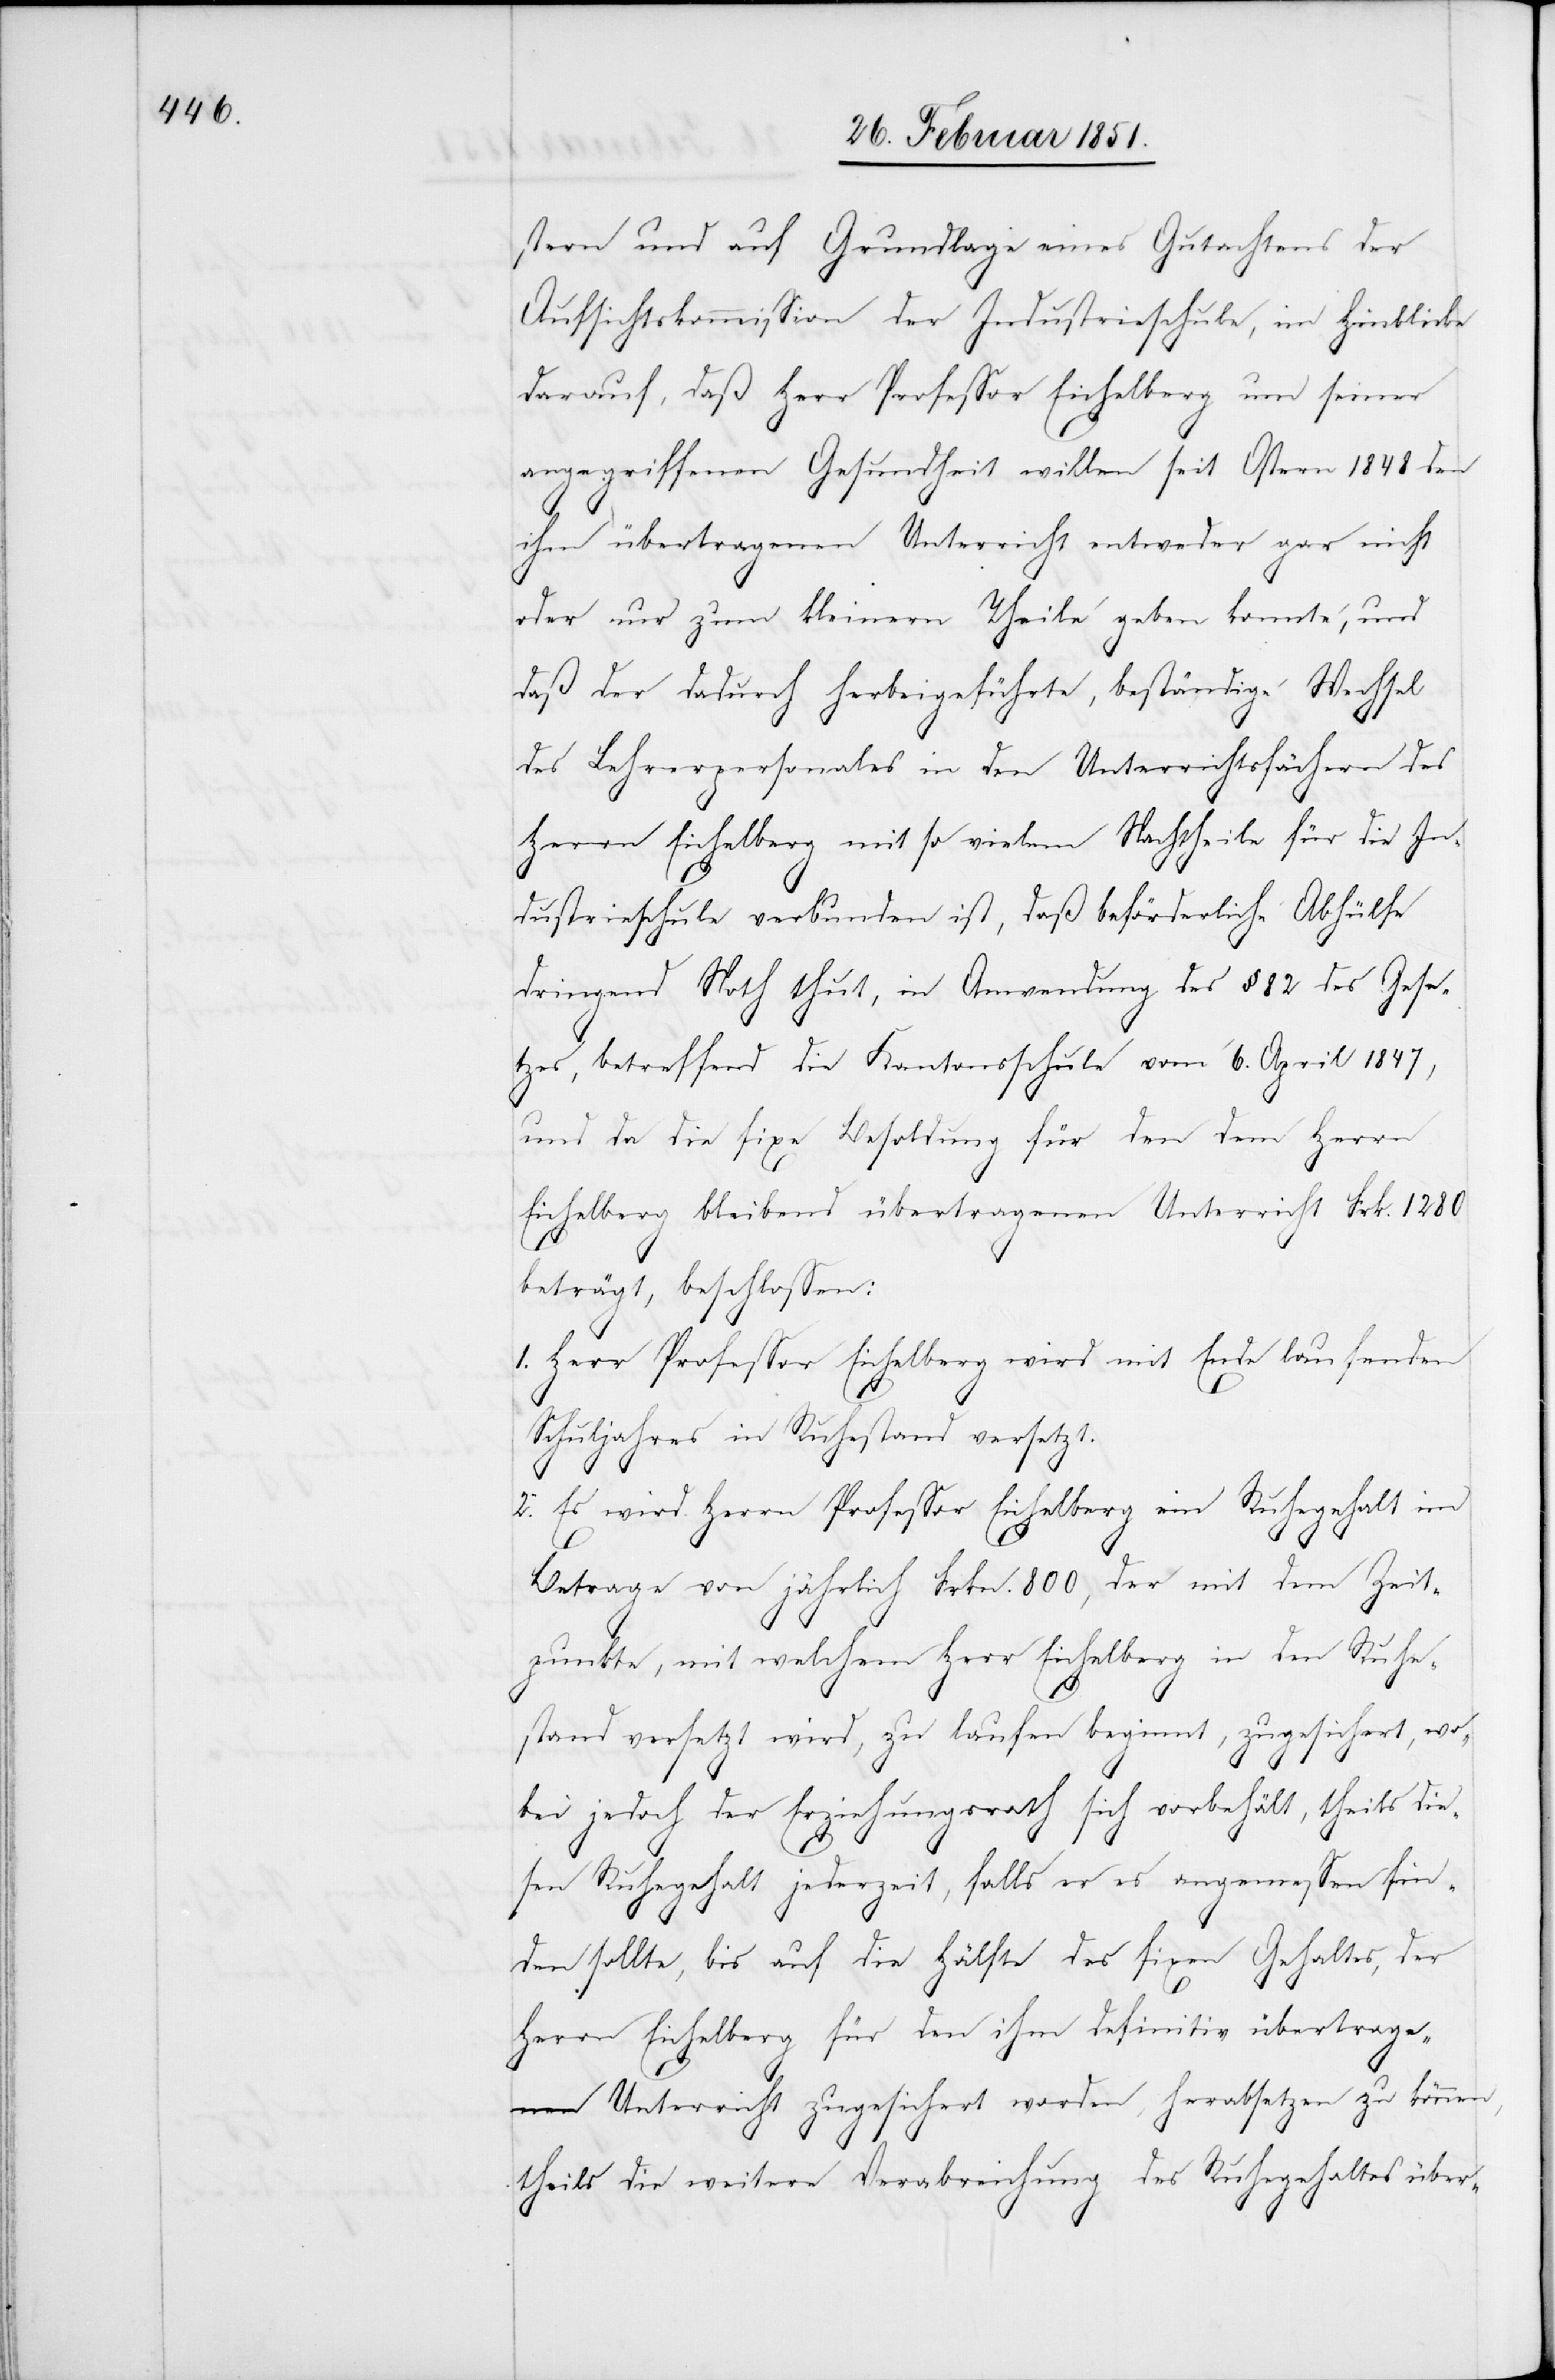
stern und auf Grundlage eines Gutachtens der
Aufsichtskommission der Industrieschule, im Hinblicke
darauf, daß Herr Professor Eichelberg um seiner
angegriffenen Gesundheit willen seit Ostern 1848 den
ihm übertragenen Unterricht entweder gar nicht
oder nur zum kleinern Theile geben konnte, und
daß der dadurch herbeigeführte, beständige Wechsel
des Lehrerpersonales in den Unterrichtsfächern des
Herrn Eichelberg mit so vielem Nachtheile für die In¬
dustrieschule verbunden ist, daß beförderliche Abhülfe
dringend Noth thut, in Anwendung des § 82 des Gese¬
tzes, betreffend die Kantonsschule vom 6. April 1847,
und da die fixe Besoldung für den dem Herrn
Eichelberg bleibend übertragenen Unterricht Frk. 1280
beträgt, beschlossen:
1. Herr Professor Eichelberg wird mit Ende laufenden
Schuljahres in Ruhestand versetzt.
2. Es wird Herrn Professor Eichelberg ein Ruhegehalt im
Betrage von jährlich Frkn. 800, der mit dem Zeit¬
punkte, mit welchem Herr Eichelberg in den Ruhe¬
stand versetzt wird, zu laufen beginnt, zugesichert, wo¬
bei jedoch der Erziehungsrath sich vorbehält, theils die¬
sen Ruhegehalt jederzeit, falls er es angemessen fin¬
den sollte, bis auf die Hälfte des fixen Gehaltes, der
Herrn Eichelberg für den ihm definitiv übertrage¬
nen Unterricht zugesichert worden, herabsetzen zu können,
theils die weitere Verabreichung des Ruhegehaltes über-